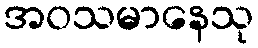
အဝသမာနေသု